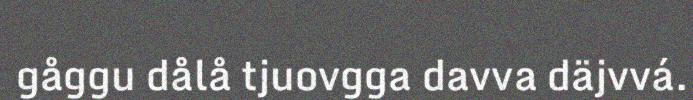
gåggu dålå tjuovgga davva däjvvá.